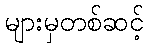
များမှတစ်ဆင့်